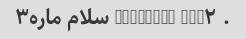
. bahrami_ NUM۲ سلام ماره۳